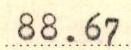
88.67